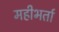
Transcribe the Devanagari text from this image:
महीभर्ता